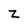
Character: z